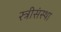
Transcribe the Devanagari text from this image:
स्त्रीसंस्था